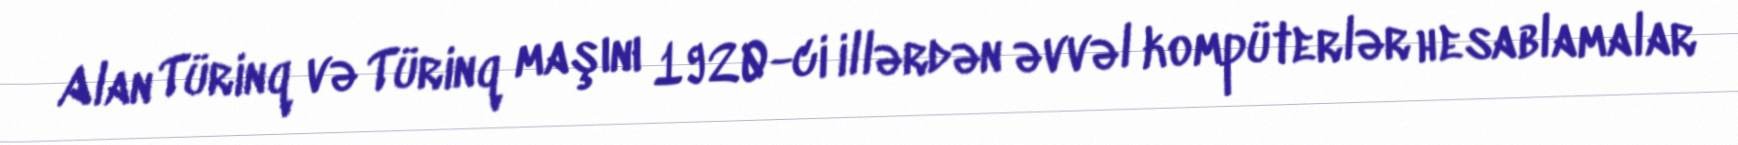
Alan Türinq və Türinq maşını 1920-ci illərdən əvvəl kompüterlər hesablamalar